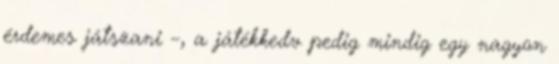
érdemes játszani –, a játékkedv pedig mindig egy nagyon